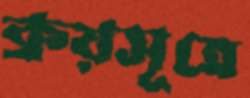
ক্রয়সূত্রে